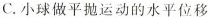
C.小球做平抛运动的水平位移